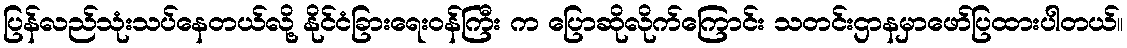
ပြန်လည်သုံးသပ်နေတယ်လို့ နိုင်ငံခြားရေးဝန်ကြီး က ပြောဆိုလိုက်ကြောင်း သတင်းဌာနမှာဖော်ပြထားပါတယ်။